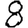
Digit: 8